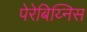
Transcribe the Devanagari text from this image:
पेरेबिय्निस